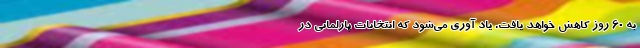
به ۶۰ روز کاهش خواهد یافت. یاد آوری می‌شود که انتخابات پارلمانی در